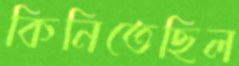
কিনিতেছিল